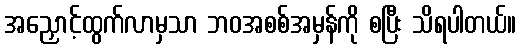
အညှောင့်ထွက်လာမှသာ ဘဝအစစ်အမှန်ကို စပြီး သိရပါတယ်။